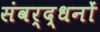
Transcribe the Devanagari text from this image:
संवर्द्धनों